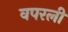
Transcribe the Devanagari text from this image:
वपरली